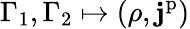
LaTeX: \Gamma_{1},\Gamma_{2}\mapsto(\rho,\mathbf{j}^{\mathrm{p}})